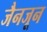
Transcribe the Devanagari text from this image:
जैनजून